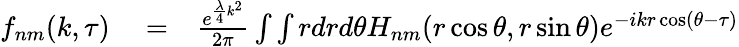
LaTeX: \begin{array}{rlr}{f_{nm}(k,\tau)}&{{}=}&{\frac{e^{\frac{\lambda}{4}k^{2}}}{2\pi}\int\int rdrd\theta H_{nm}(r\cos\theta,r\sin\theta)e^{-ikr\cos(\theta-\tau)}}\end{array}